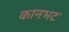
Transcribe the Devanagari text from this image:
कानभट